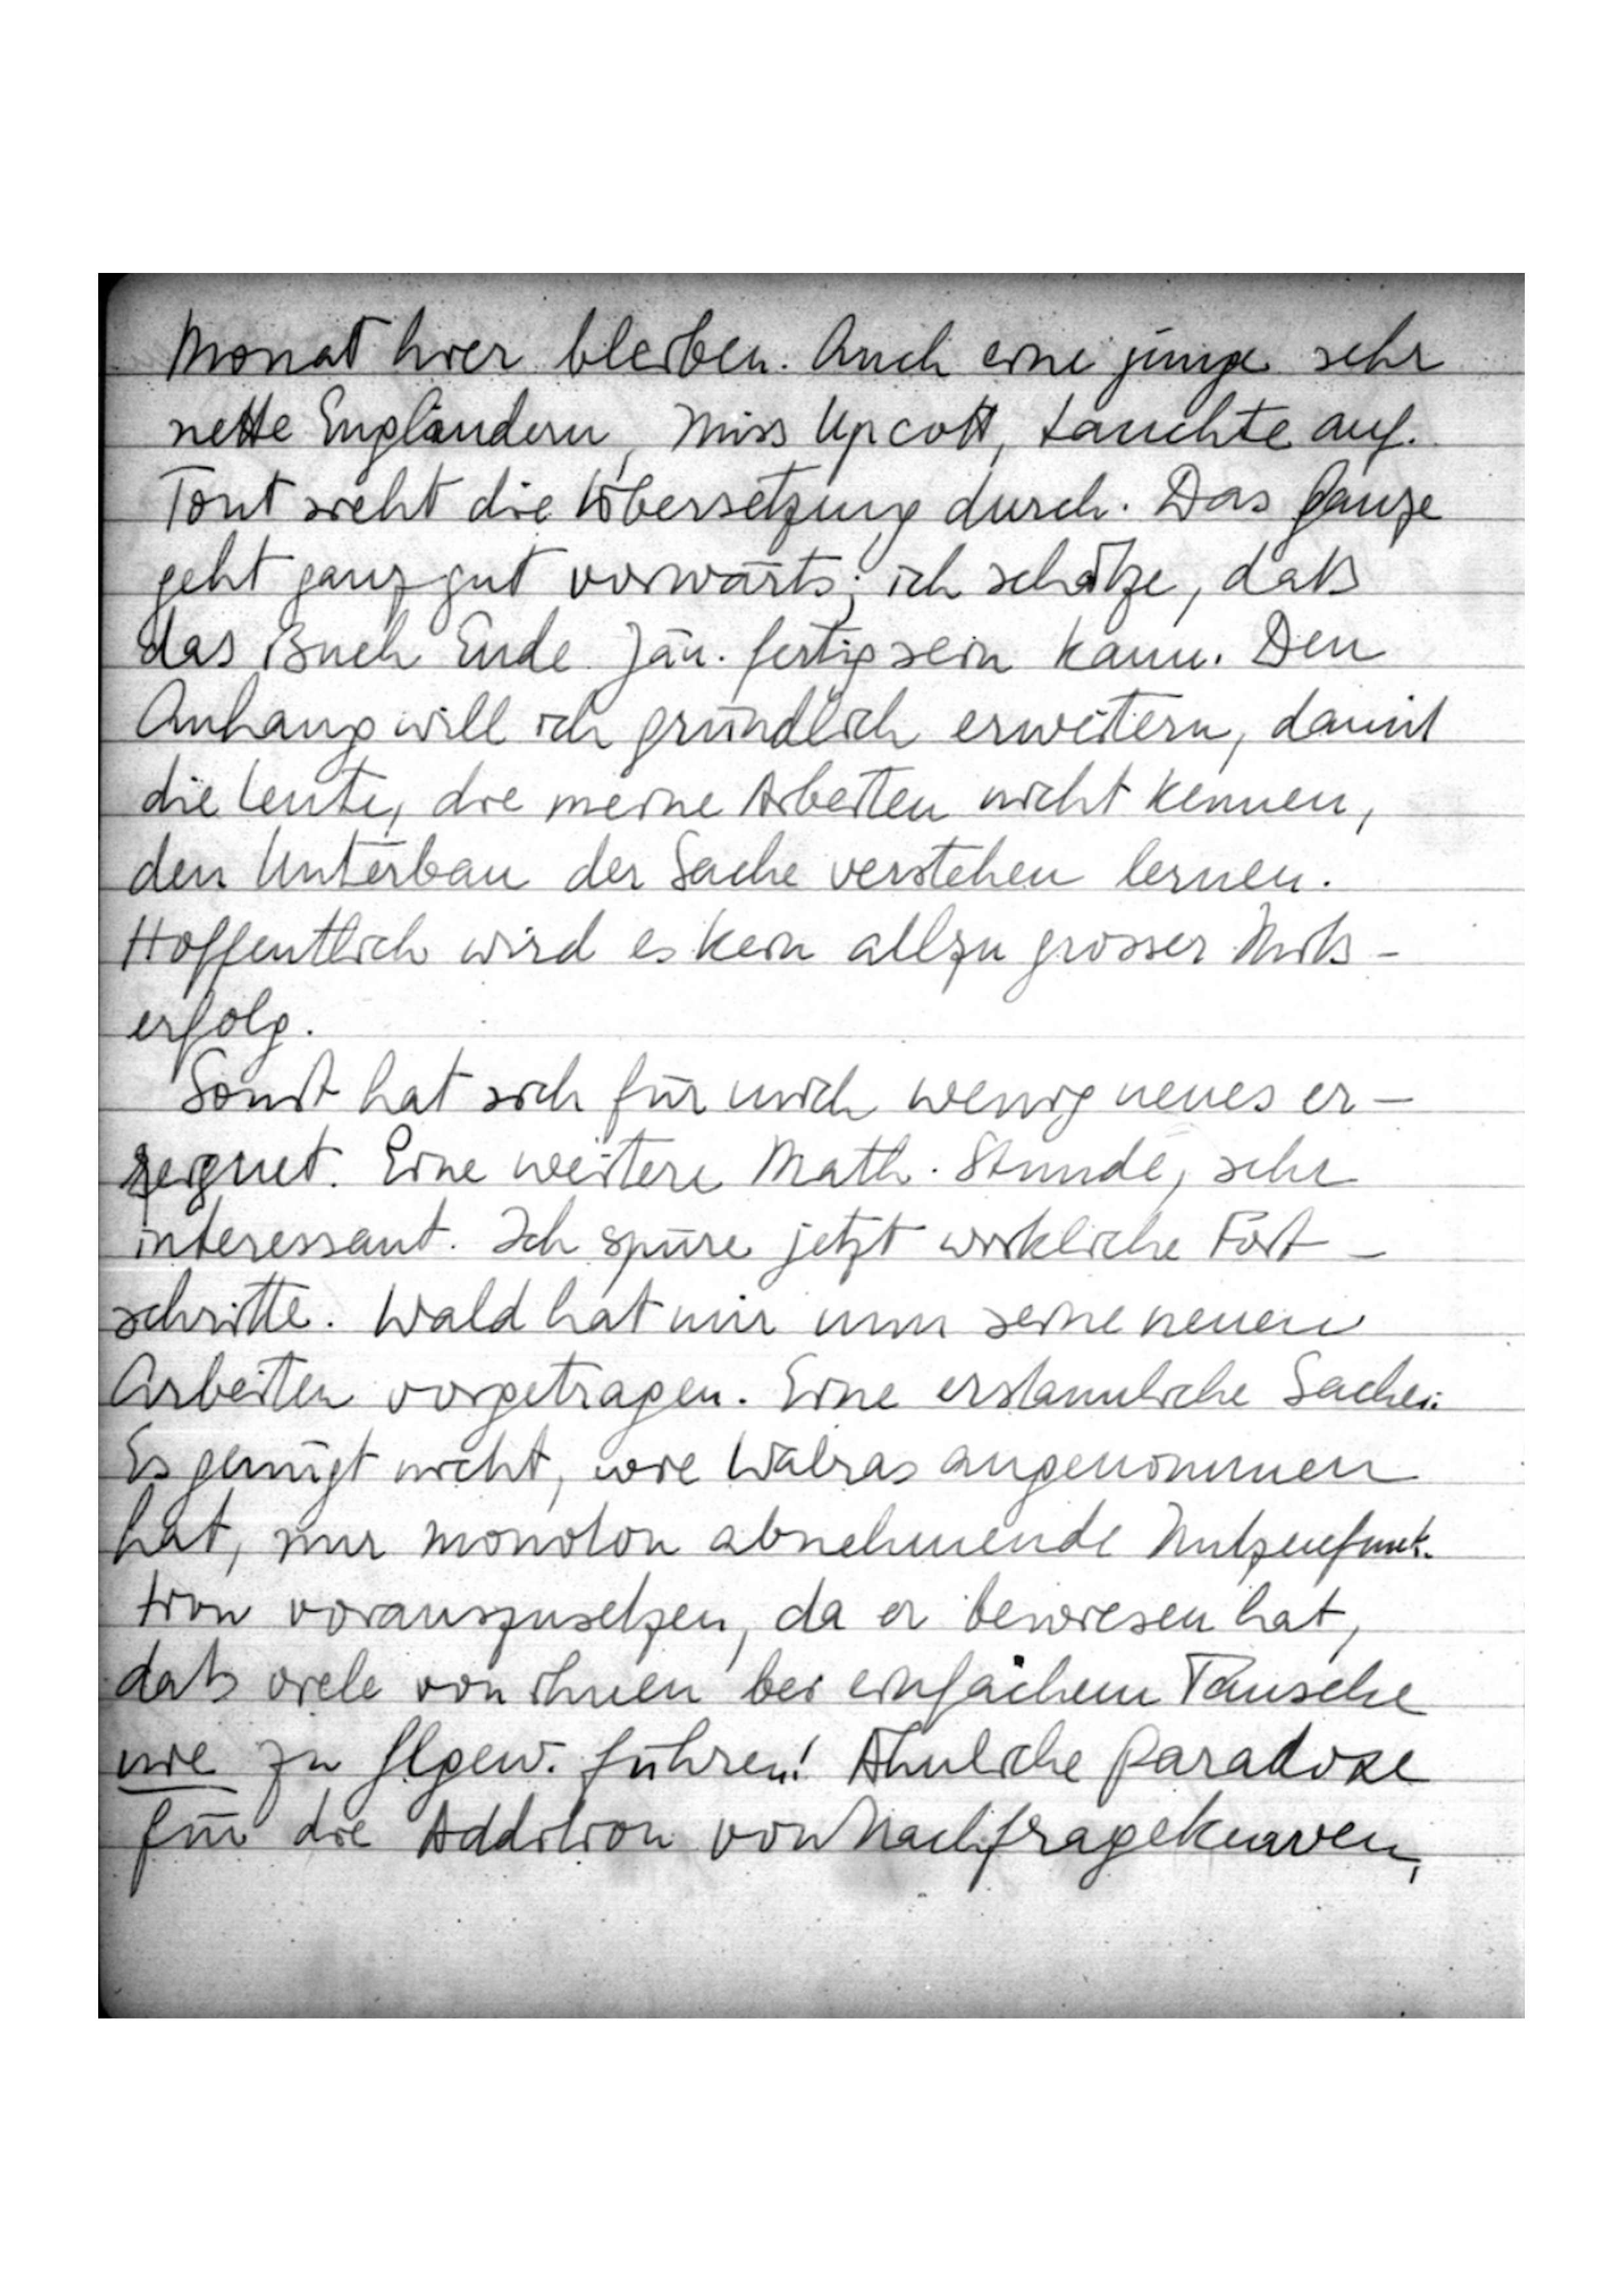
Monat hier bleiben. Auch eine junge, sehr
nette Engländerin, Miss Upcott, tauchte auf.
Tout sieht die Übersetzung durch. Das Ganze
geht ganz gut vorwärts, ich schätze, daß
das Buch Ende Jan. fertig sein kann. Den
Anhang will ich gründlich erweitern, damit
die Leute, die meine Arbeiten nicht kennen,
den Unterbau der Sache verstehen lernen
Hoffentlich wird es kein allzu grosser Miß
erfolg.
Sonst hat sich für mich wenig neues er
eignet. Eine weitere Math. Stunde; sehr
interessant. Ich spüre jetzt wirklich Fort
schritte. Wald hat mir nun seine neuen
Arbeiten vorgetragen. Eine erstaunliche Sache:
Es genügt nicht, wie Walras angenommen
hat, nur monoton abnehmende Nutzenfunk
tion vorauszusetzen, da er bewiesen hat,
daß vielen von ihnen bei einfachem Tausche
nie zu Glgew. führen! Ähnliche Paradoxe
für die Addition von Nachfragekurven,